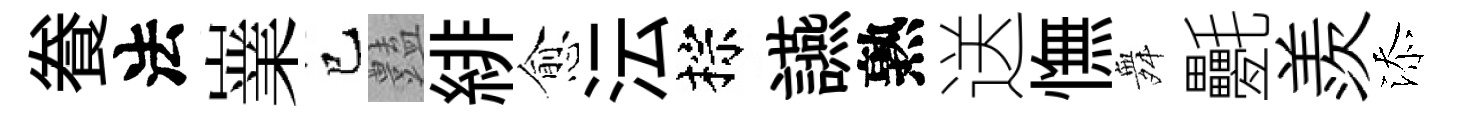
飬法嶪巳𧰟緋愈沄棕讌熟送憮舞氎羨添